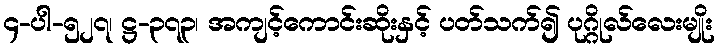
၄-ပါ-၅၂၇၊ ဋ္ဌ-၃၇၃၊ အကျင့်ကောင်းဆိုးနှင့် ပတ်သက်၍ ပုဂ္ဂိုလ်လေးမျိုး